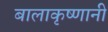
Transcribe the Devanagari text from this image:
बालाकृष्णानी